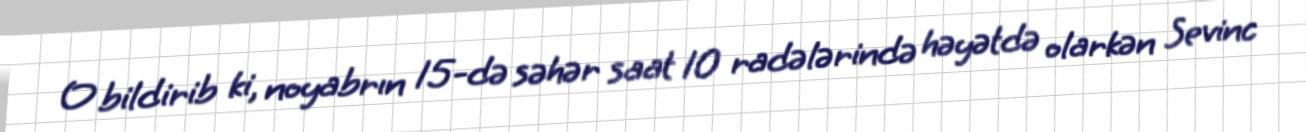
O bildirib ki, noyabrın 15-də səhər saat 10 radələrində həyətdə olarkən Sevinc